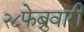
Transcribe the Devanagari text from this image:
२८फेब्रुवारी